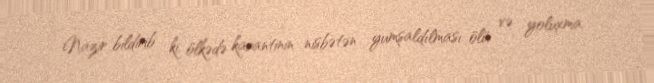
Nazir bildirib ki, ölkədə karantinin nisbətən yumşaldılması ölü və yoluxma